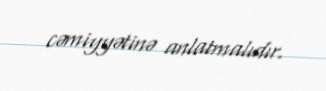
cəmiyyətinə anlatmalıdır.